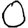
Digit: 0